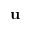
\mathbf { u }